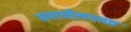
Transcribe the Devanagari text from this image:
समाधीलगतच